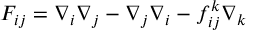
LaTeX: F _ { i j } = \nabla _ { i } \nabla _ { j } - \nabla _ { j } \nabla _ { i } - f _ { i j } ^ { k } \nabla _ { k }